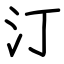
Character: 汀